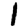
Digit: 1